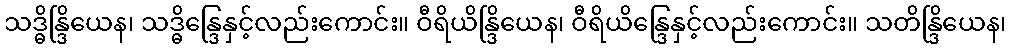
သဒ္ဓိန္ဒြိယေန၊ သဒ္ဓိန္ဒြေနှင့်လည်းကောင်း။ ဝီရိယိန္ဒြိယေန၊ ဝီရိယိန္ဒြေနှင့်လည်းကောင်း။ သတိန္ဒြိယေန၊